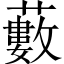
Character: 藪